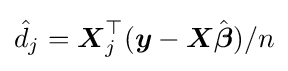
{\hat {d}}_{j}={\boldsymbol {X}}_{j}^{\top }({\boldsymbol {y}}-{\boldsymbol {X}}{\hat {\boldsymbol {\beta }}})/n